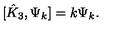
[ \hat { K } _ { 3 } , \Psi _ { k } ] = k \Psi _ { k } .